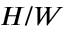
H / W